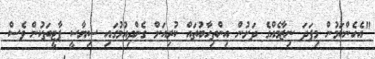
"އެހެންކަމުން މިފަދަ ނިޒާމެއްގެ ދަށުން އިންތިހާބުތައް ކުރިއަށް ގެންދިއުމުގައި ސިޔާސީ ޕާޓީތަކުން ވެސް